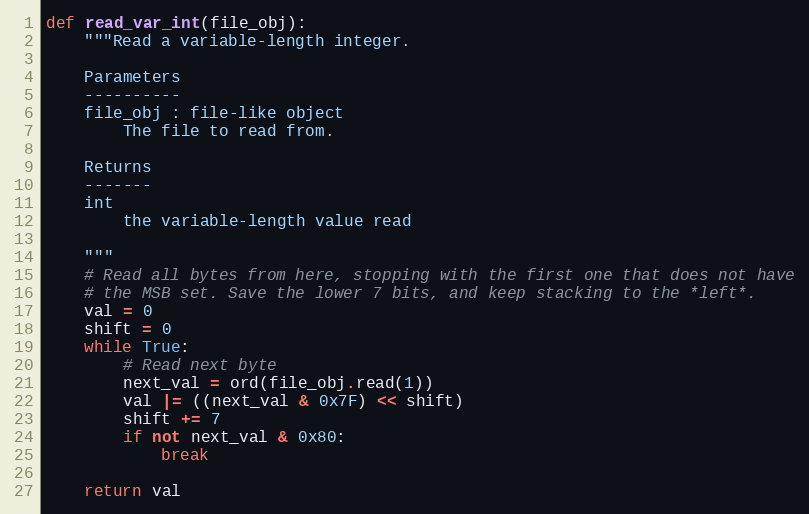
Language: Python
def read_var_int(file_obj):
    """Read a variable-length integer.

    Parameters
    ----------
    file_obj : file-like object
        The file to read from.

    Returns
    -------
    int
        the variable-length value read

    """
    # Read all bytes from here, stopping with the first one that does not have
    # the MSB set. Save the lower 7 bits, and keep stacking to the *left*.
    val = 0
    shift = 0
    while True:
        # Read next byte
        next_val = ord(file_obj.read(1))
        val |= ((next_val & 0x7F) << shift)
        shift += 7
        if not next_val & 0x80:
            break

    return val